Indian journal of veterinary science and animal husbandry - Volumes 28-29, 1958-1959
Year: 1958
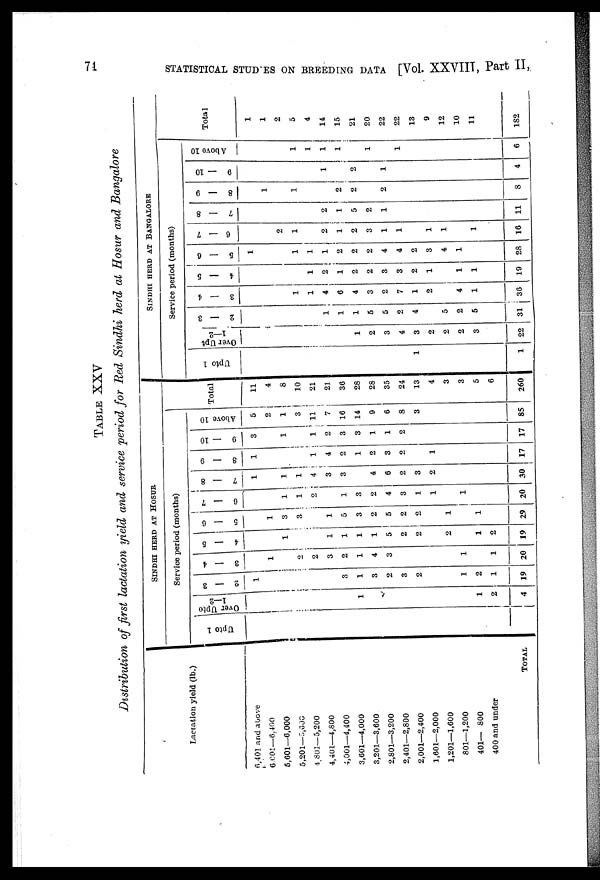
74
STATISTICAL STUDIES ON BREEDING DATA [Vol. XXVIII, Part II,
TABLE XXV
Distribution of first lactation yield and service period for Red Sindhi herd at Hosur and Bangalore
Lactation yield (lb.)
6,401 and above
6,001—6,400
5,601—6,000
5,201—5,000
4,801—5,200
4,401—4,800
4,001—4,400
3,601—4,000
3,201—3,600
2,801—3,200
2,401—2,800
2,001—2,400
1,601—2,000
1,201—1,600
801—1,200
401— 800
400 and under
Total
SINDHI HERD AT HOSUR
Service period (months)
Upto 1
Over Upto
1 — 2
1
1
2
4
2 — 3
1
3
1
3
2
3
2
1
2
1
19
3 — 4
1
2
2
3
2
1
4
3
1
1
20
4 — 5
1
1
1
1
1
5
2
2
2
1
2
19
5 — 6
1
3
3
1
5
3
2
5
2
2
1
1
29
6 — 7
1
1
2
1
3
2
4
3
1
1
1
20
7 — 8
1
1
1
4
3
3
4
6
2
3
2
30
8 —9
1
1
4
2
1
2
3
2
1
17
9 — 10
3
1
1
2
3
3
1
1
2
17
Above 10
5
2
1
3
11
7
16
14
9
6
8
3
85
Total
11
4
8
10
21
21
36
28
28
35
24
13
4
3
3
5
6
260
SINDHI HERD AT BANGALORE
Service period (months)
Upto 1
1
1
Over
Upto
1—2
1
2
3
4
3
2
2
2
3
22
2 — 3
1
1
1
5
5
2
4
5
2
5
31
3 — 4
1
1
4
6
4
3
2
7
1
2
4
1
36
4 — 5
1
2
1
2
2
3
3
2
1
1
1
19
5 — 6
1
1
1
1
2
2
2
4
4
2
3
4
1
28
6 — 7
2
1
2
1
2
3
1
1
1
1
1
16
7 — 8
2
1
5
2
1
11
8 — 9
1
1
2
2
2
8
9 — 10
1
2
1
4
Above 10
1
1
1
1
1
1
6
Total
1
1
2
5
4
14
15
21
20
22
22
13
9
12
10
11
182